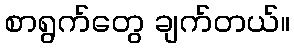
စာရွက်တွေ ချက်တယ်။